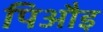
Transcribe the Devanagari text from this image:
पिऔइ